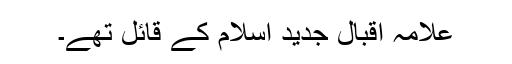
علامہ اقبال جدید اسلام کے قائل تھے۔